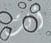
أنت